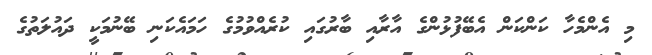
މި އެންމެހާ ކަންކަން އެބޭފުޅުންގެ އާރާއި ބާރުގައި ކުރެއްވުމުގެ ހަަމައެކަނި ބޭނުމަކީ ދައުލަތުގެ